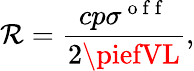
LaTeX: \mathcal{R}=\frac{{cp\sigma^{\mathrm{{~o~f~f~}}}}}{{2\piefVL}},